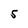
Character: S